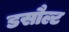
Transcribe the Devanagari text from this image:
डसौल्ट